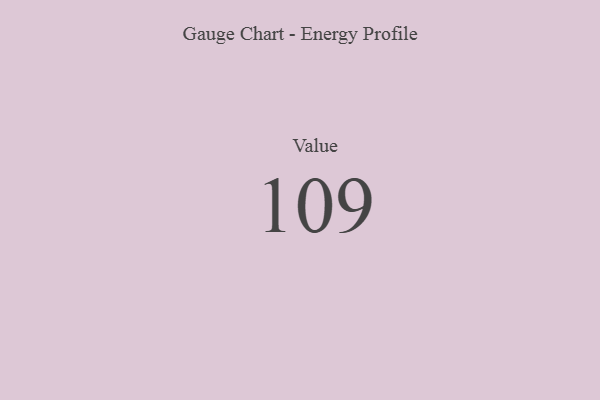
{"axis": {"x": "Metric", "y": "Value"}, "legend": [""], "data": [{"x": "Value", "y": 109, "type": ""}]}